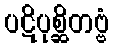
ပဋိပုစ္ဆိတဗ္ဗံ